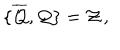
\{ \overline { { { \cal { Q } } } } , { \cal { Q } } \} = { \cal { Z } } \, ,